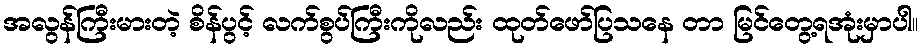
အလွန်ကြီးမားတဲ့ စိန်ပွင့် လက်စွပ်ကြီးကိုလည်း ထုတ်ဖော်ပြသနေ တာ မြင်တွေ့ရအုံးမှာပါ။